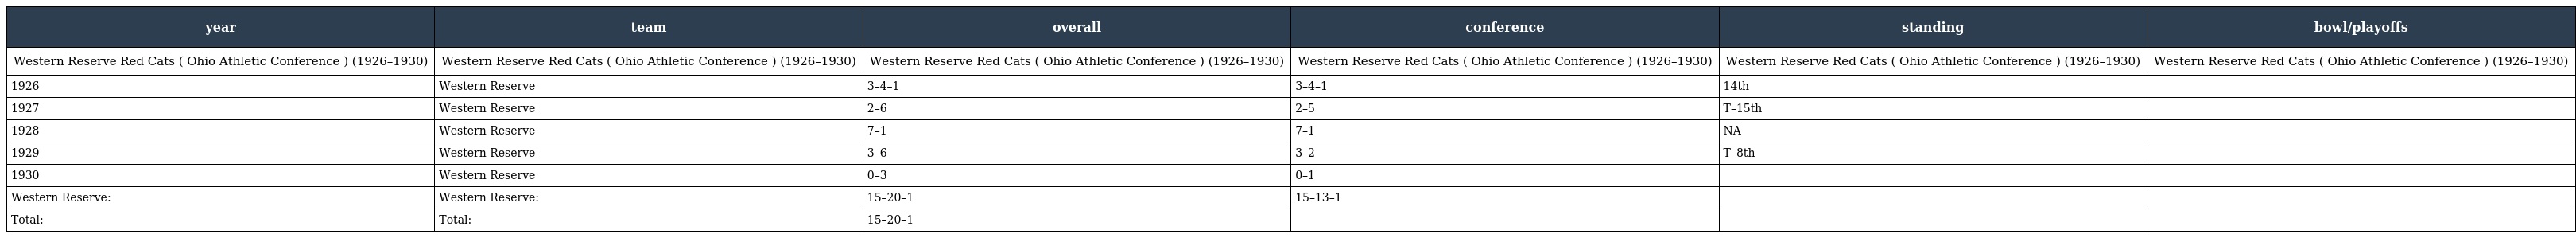
| year | team | overall | conference | standing | bowl/playoffs |
 | --- | --- | --- | --- | --- | --- |
 | Western Reserve Red Cats ( Ohio Athletic Conference ) (1926–1930) | Western Reserve Red Cats ( Ohio Athletic Conference ) (1926–1930) | Western Reserve Red Cats ( Ohio Athletic Conference ) (1926–1930) | Western Reserve Red Cats ( Ohio Athletic Conference ) (1926–1930) | Western Reserve Red Cats ( Ohio Athletic Conference ) (1926–1930) | Western Reserve Red Cats ( Ohio Athletic Conference ) (1926–1930) |
 | 1926 | Western Reserve | 3–4–1 | 3–4–1 | 14th |  |
 | 1927 | Western Reserve | 2–6 | 2–5 | T–15th |  |
 | 1928 | Western Reserve | 7–1 | 7–1 | NA |  |
 | 1929 | Western Reserve | 3–6 | 3–2 | T–8th |  |
 | 1930 | Western Reserve | 0–3 | 0–1 |  |  |
 | Western Reserve: | Western Reserve: | 15–20–1 | 15–13–1 |  |  |
 | Total: | Total: | 15–20–1 |  |  |  |